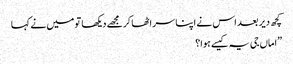
کچھ دیر بعد اس نے اپنا سر اٹھا کرمجھے دیکھا تو میں نے کہا
”اماں جی یہ کیسے ہوا؟